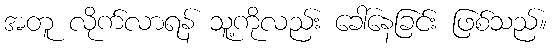
အတူ လိုက်လာရန် သူ့ကိုလည်း ခေါ်နေခြင်း ဖြစ်သည်။